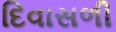
દિવાસળી